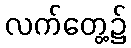
လက်တွေ့၌